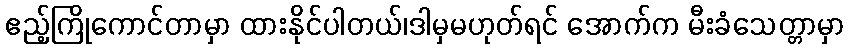
ဧည့်ကြိုကောင်တာမှာ ထားနိုင်ပါတယ်၊ဒါမှမဟုတ်ရင် အောက်က မီးခံသေတ္တာမှာ